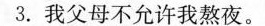
3. 我父母不允许我熬夜.